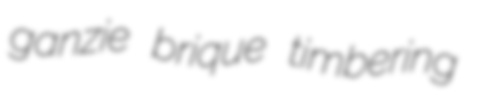
ganzie brique timbering